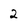
Character: 2